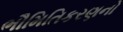
ભૌમિતિકરણનો